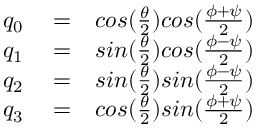
\begin{array} { r l r } { q _ { 0 } } & { { } = } & { c o s ( \frac { \theta } { 2 } ) c o s ( \frac { \phi + \psi } { 2 } ) } \\ { q _ { 1 } } & { { } = } & { s i n ( \frac { \theta } { 2 } ) c o s ( \frac { \phi - \psi } { 2 } ) } \\ { q _ { 2 } } & { { } = } & { s i n ( \frac { \theta } { 2 } ) s i n ( \frac { \phi - \psi } { 2 } ) } \\ { q _ { 3 } } & { { } = } & { c o s ( \frac { \theta } { 2 } ) s i n ( \frac { \phi + \psi } { 2 } ) } \end{array}